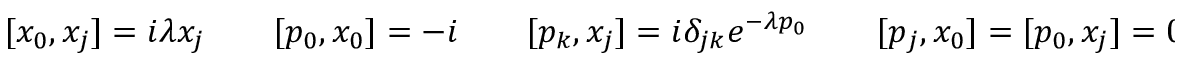
[ x _ { 0 } , x _ { j } ] = i \lambda x _ { j } \qquad [ p _ { 0 } , x _ { 0 } ] = - i \qquad [ p _ { k } , x _ { j } ] = i \delta _ { j k } e ^ { - \lambda p _ { 0 } } \qquad [ p _ { j } , x _ { 0 } ] = [ p _ { 0 } , x _ { j } ] = 0